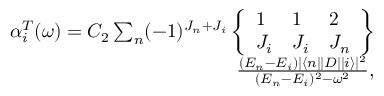
\begin{array} { r } { \alpha _ { i } ^ { T } ( \omega ) = C _ { 2 } \sum _ { n } ( - 1 ) ^ { J _ { n } + J _ { i } } \left\{ \begin{array} { l l l } { 1 } & { 1 } & { 2 } \\ { J _ { i } } & { J _ { i } } & { J _ { n } } \end{array} \right\} } \\ { \frac { ( E _ { n } - E _ { i } ) | \langle n | | D | | i \rangle | ^ { 2 } } { ( E _ { n } - E _ { i } ) ^ { 2 } - \omega ^ { 2 } } , } \end{array}